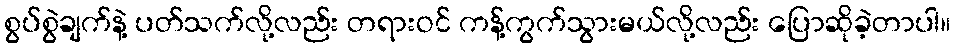
စွပ်စွဲချက်နဲ့ ပတ်သက်လို့လည်း တရားဝင် ကန့်ကွက်သွားမယ်လို့လည်း ပြောဆိုခဲ့တာပါ။